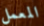
المعمل